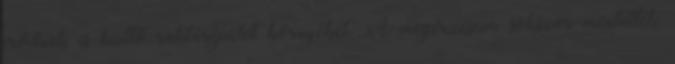
erődnek is beillő raktárépület környékét. A megérzéseim sokszor mentették